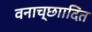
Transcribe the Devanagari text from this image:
वनाच्छाादित